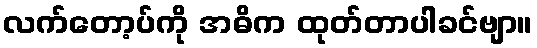
လက်တော့ပ်ကို အဓိက ထုတ်တာပါခင်ဗျာ။